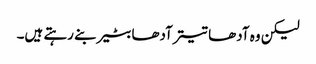
لیکن وہ آدھا تیتر آدھا بٹیر بنے رہتے ہیں۔